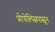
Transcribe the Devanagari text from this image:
प्रोपोलिसपासून